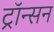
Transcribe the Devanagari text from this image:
ट्रॉन्सन